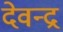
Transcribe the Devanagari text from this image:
देवन्द्र